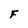
Character: F